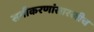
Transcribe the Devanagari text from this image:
समीकरणांसारखीच